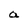
Character: a